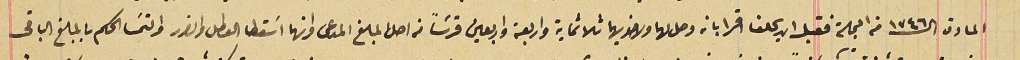
المادة الـ ١٧٤٦ من المجلة فقبل ان يحلف اقرا بان وصل لهما ولاخويها ثلاثماية واربعة واربعين قرشاً من اصل المبلغ المدعى وانهما اسَقطا العطل والضرر والتمسَا الحكم بالمبلغ الباقى